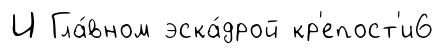
И Гла́вном эска́дрой кр'епост'и6